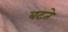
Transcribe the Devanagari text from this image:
बटते